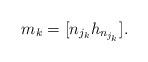
LaTeX: \begin{align*}m_k = [n_{j_k} h_{n_{j_k}}].\end{align*}